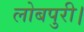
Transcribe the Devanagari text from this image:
लोबपुरी।